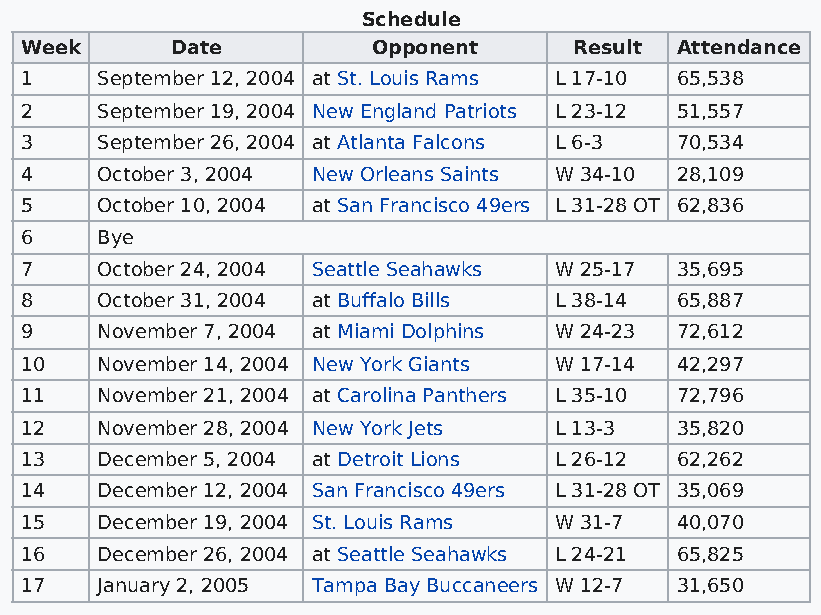
Schedule
 Week      Date          Opponent     Result Attendance
 1    September 12, 2004 at St. Louis Rams L 17-10 65,538
 2    September 19, 2004 New England Patriots L 23-12 51,557
 3    September 26, 2004 at Atlanta Falcons L 6-3 70,534
 4    October 3, 2004 New Orleans Saints W 34-10 28,109
 5    October 10, 2004 at San Francisco 49ers L 31-28 OT 62,836
 6    Bye
 7    October 24, 2004 Seattle Seahawks W 25-17 35,695
 8    October 31, 2004 at Buffalo Bills L 38-14 65,887
 9    November 7, 2004 at Miami Dolphins W 24-23 72,612
 10   November 14, 2004 New York Giants W 17-14 42,297
 11   November 21, 2004 at Carolina Panthers L 35-10 72,796
 12   November 28, 2004 New York Jets L 13-3 35,820
 13   December 5, 2004 at Detroit Lions L 26-12 62,262
 14   December 12, 2004 San Francisco 49ers L 31-28 OT 35,069
 15   December 19, 2004 St. Louis Rams W 31-7 40,070
 16   December 26, 2004 at Seattle Seahawks L 24-21 65,825
 17   January 2, 2005 Tampa Bay Buccaneers W 12-7 31,650